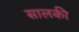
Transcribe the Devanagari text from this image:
सालकी